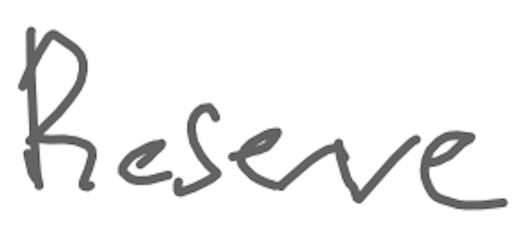
Text: Reserve
Cross-out: clean
Writing tool: digital_gray